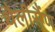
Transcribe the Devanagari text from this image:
थैलीसैंण